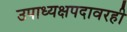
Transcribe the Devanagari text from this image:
उपाध्यक्षपदावरही